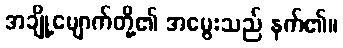
အချို့မျောက်တို့၏ အမွေးသည် နက်၏။